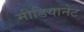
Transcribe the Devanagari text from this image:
मीडियानेट